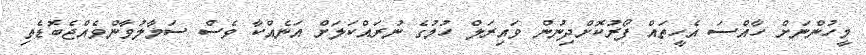
މީހުންނަށް ހާއްސަ އެހީތައް ފޯރުކޮށްދިނުން ވައިރަލް ހުމުގެ ނުރައްކަލަށް އަނެއްކާ ވެސް ސަމާލުވާންވެއްޖެބޮޑެތި